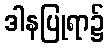
ဒါနပြုရာ၌